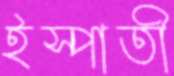
ইস্পাতী